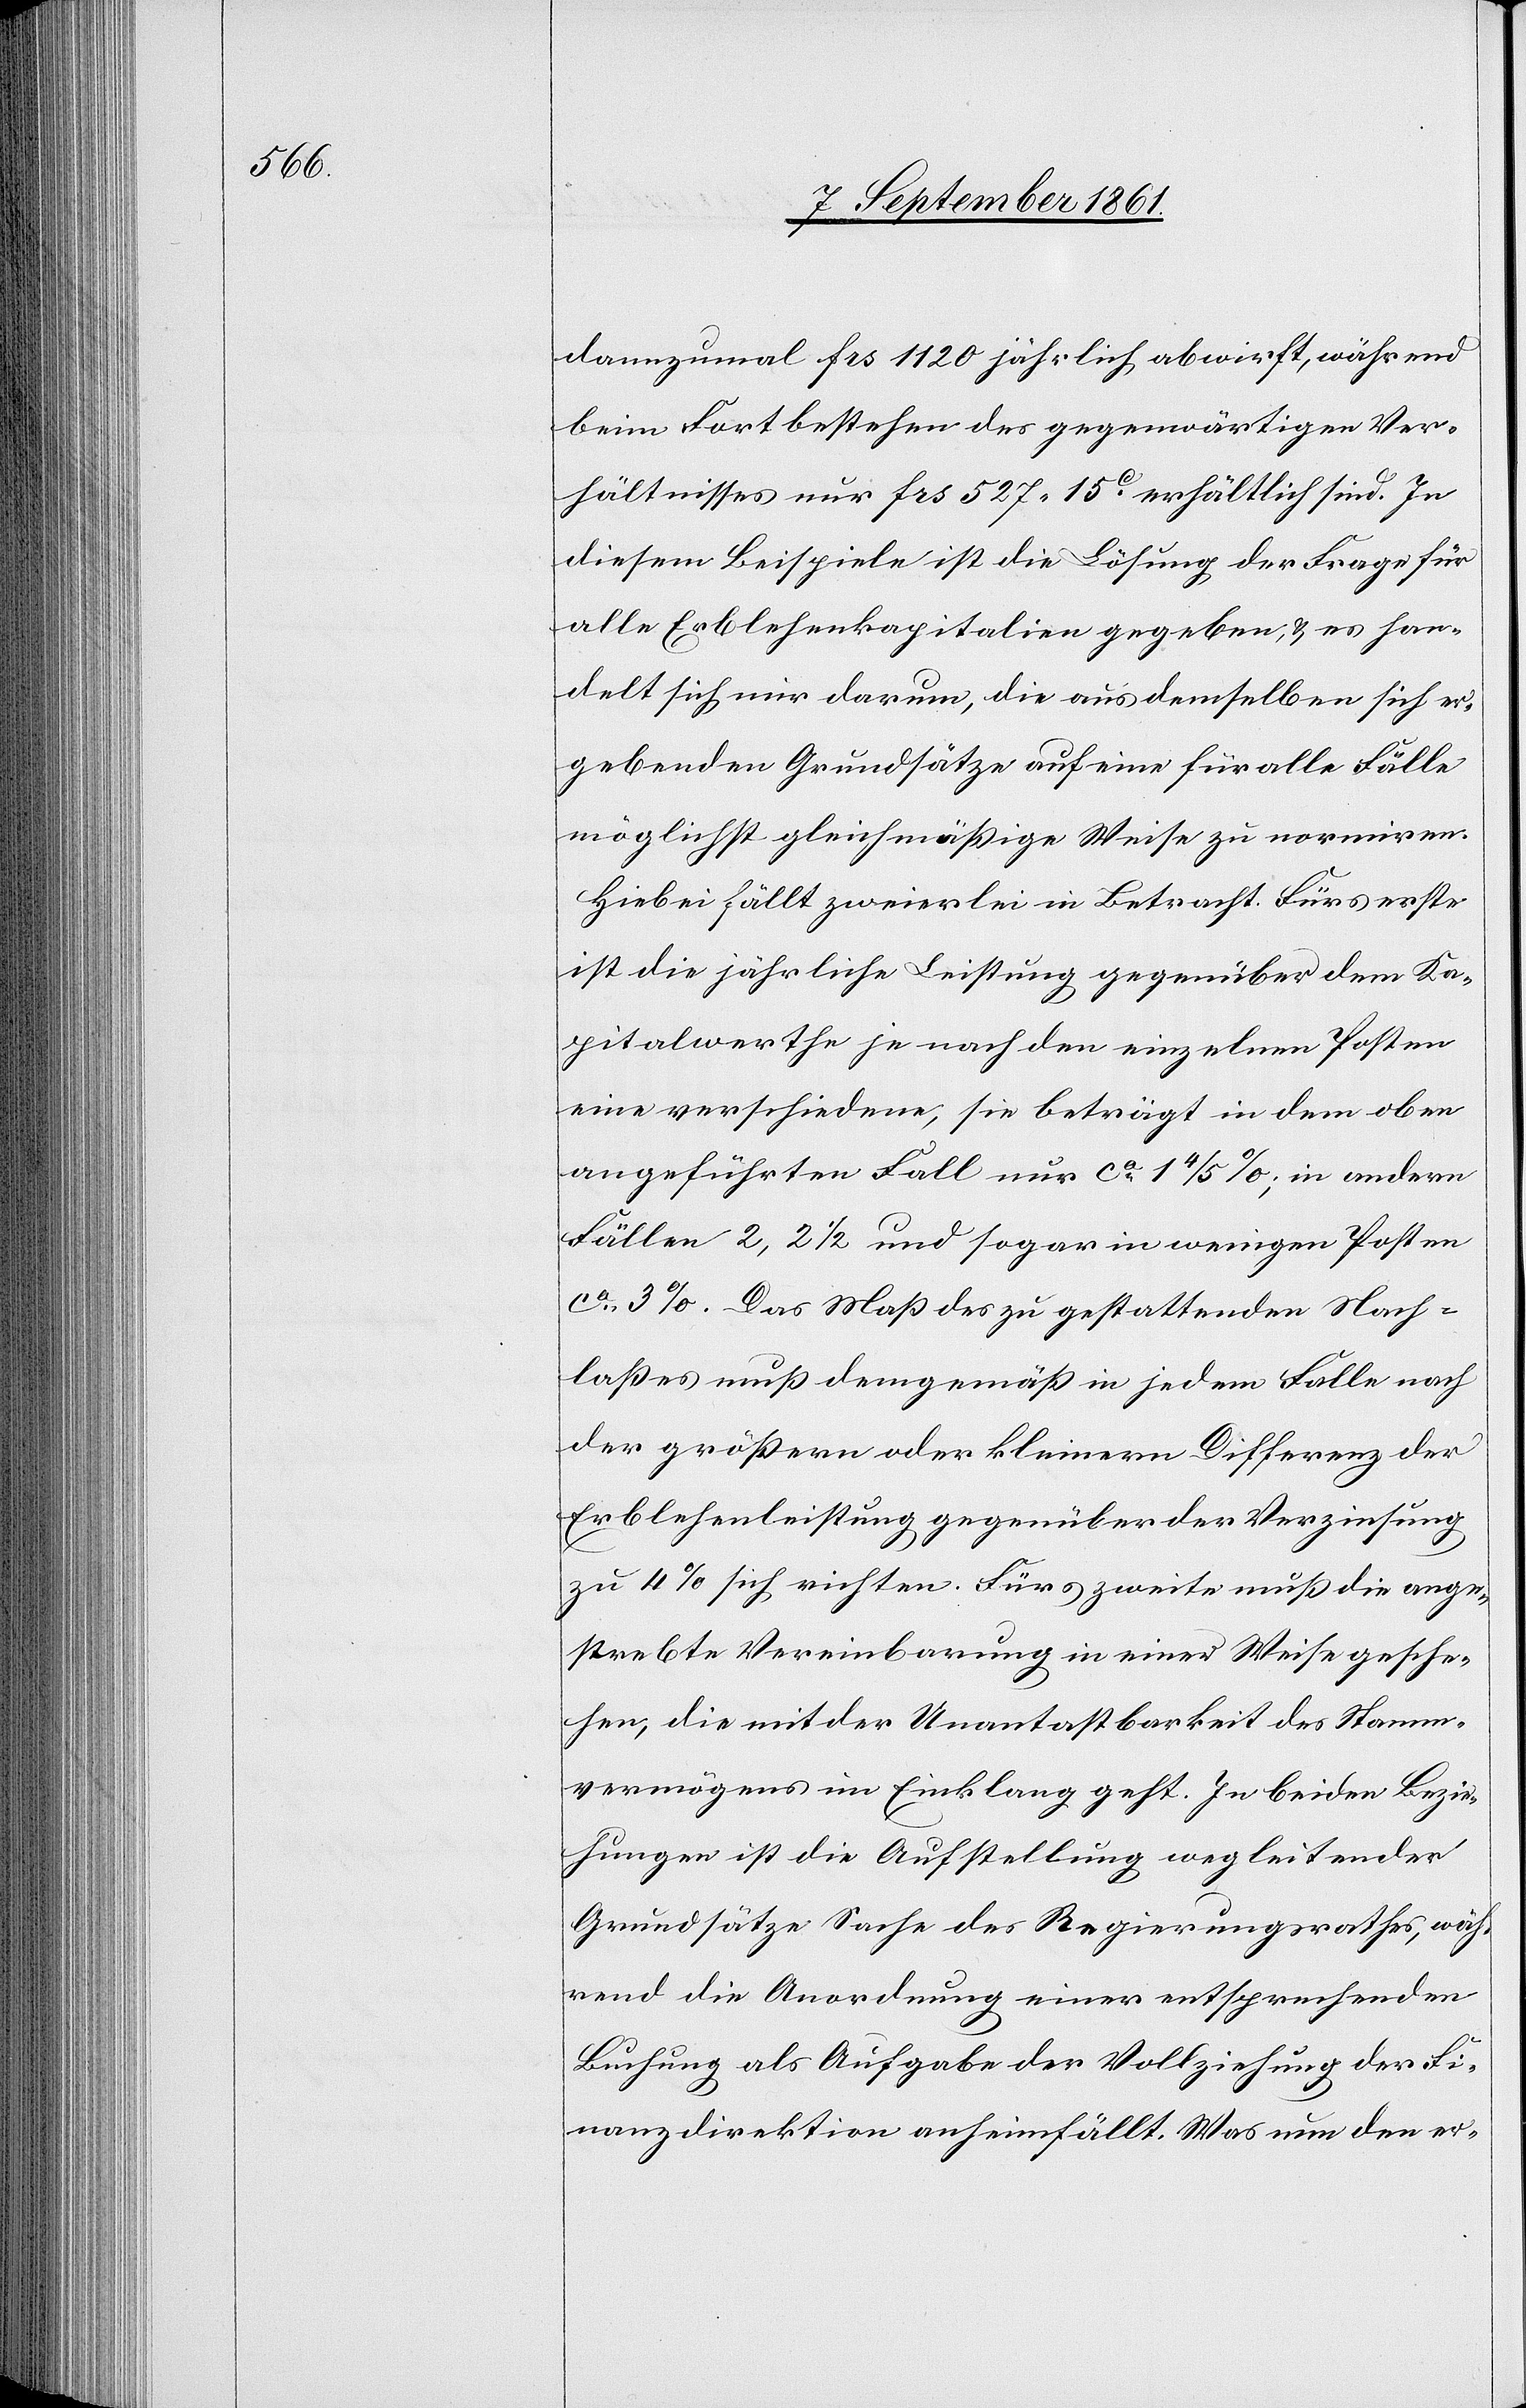
dannzumal frs 1120 jährlich abwirft, während
beim Fortbestehen des gegenwärtigen Ver¬
hältnisses nur frs 527.15c erhältlich sind. In
diesem Beispiele ist die Lösung der Frage für
alle Erblehenkapitalien gegeben, u. es han¬
delt sich nur darum, die aus demselben sich er¬
gebenden Grundsätze auf eine für alle Fälle
möglichst gleichmäßige Weise zu normiren.
Hiebei fällt zweierlei in Betracht. Fürs erste
ist die jährliche Leistung gegenüber dem Ka¬
pitalwerthe je nach den einzelnen Posten
eine verschiedene, sie beträgt in dem oben
angeführten Fall nur ca 1 4/5 %; in andern
Fällen, 2, 2 1/2 und sogar in wenigen Posten
ca 3%. Das Maß des zu gestattenden Nach¬
laßes muß demgemäß in jedem Falle nach
der größern oder kleinern Differenz der
Erblehenleistung gegenüber der Verzinsung
zu 4% sich richten. Fürs zweite muß die ange¬
strebte Vereinbarung in einer Weise gesche¬
hen, die mit der Unantastbarkeit des Stamm¬
vermögens in Einklang geht. In beiden Bezie¬
hungen ist die Aufstellung wegleitender
Grundsätze Sache des Regierungsrathes, wäh¬
rend die Anordnung einer entsprechenden
Buchung als Aufgabe der Vollziehung der Fi¬
nanzdirektion anheimfällt. Was nun den er-